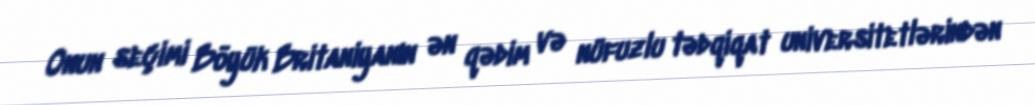
Onun seçimi Böyük Britaniyanın ən qədim və nüfuzlu tədqiqat universitetlərindən